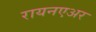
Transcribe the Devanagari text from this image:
रायनएअर